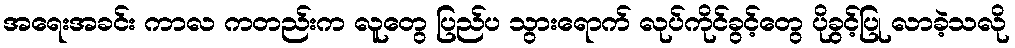
အရေးအခင်း ကာလ ကတည်းက လူတွေ ပြည်ပ သွားရောက် လုပ်ကိုင်ခွင့်တွေ ပိုခွင့်ပြု လာခဲ့သလို